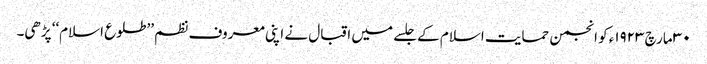
٣٠ مارچ ١٩٢٣ء کو انجمن حمایت اسلام کے جلسے میں اقبال نے اپنی معروف نظم ’’طلوع اسلام‘‘ پڑھی۔